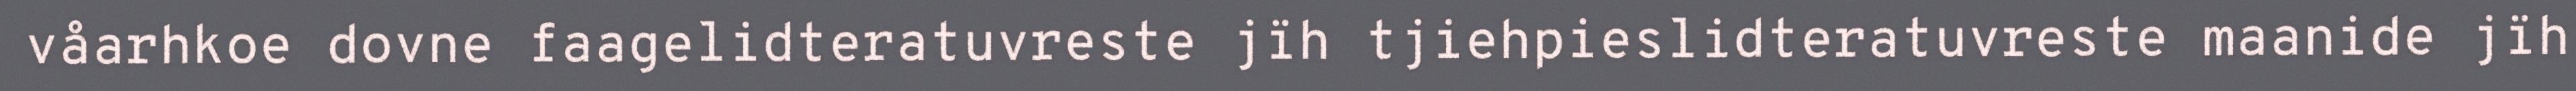
våarhkoe dovne faagelidteratuvreste jïh tjiehpieslidteratuvreste maanide jïh